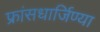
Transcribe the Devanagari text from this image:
फ्रांसधार्जिण्या